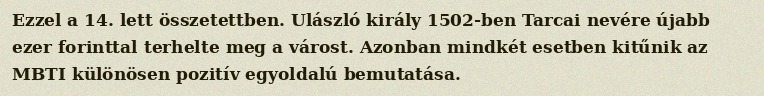
Ezzel a 14. lett összetettben. Ulászló király 1502-ben Tarcai nevére újabb ezer forinttal terhelte meg a várost. Azonban mindkét esetben kitűnik az MBTI különösen pozitív egyoldalú bemutatása.